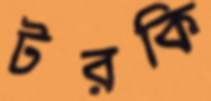
টরকি